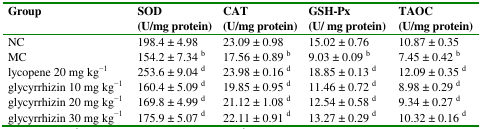
<table><thead><tr><td><b>Group</b></td><td><b>SOD (U/mg protein)</b></td><td><b>CAT (U/mg protein)</b></td><td><b>GSH-Px (U/mg protein)</b></td><td><b>TAOC (U/mg protein)</b></td></tr></thead><tbody><tr><td>NC</td><td>198.4 ± 4.98</td><td>23.09 ± 0.98</td><td>15.02 ± 0.76</td><td>10.87 ± 0.35</td></tr><tr><td>MC</td><td>154.2 ± 7.34 b</td><td>17.56 ± 0.89 b</td><td>9.03 ± 0.09 b</td><td>7.45 ± 0.42 b</td></tr><tr><td>lycopene 20 mg kg<sup>−1</sup></td><td>253.6 ± 9.04 d</td><td>23.98 ± 0.16 d</td><td>18.85 ± 0.13 d</td><td>12.09 ± 0.35 d</td></tr><tr><td>glycyrrhizin 10 mg kg<sup>−1</sup></td><td>160.4 ± 5.09 d</td><td>19.85 ± 0.95 d</td><td>11.46 ± 0.72 d</td><td>8.98 ± 0.29 d</td></tr><tr><td>glycyrrhizin 20 mg kg<sup>−1</sup></td><td>169.8 ± 4.99 d</td><td>21.12 ± 1.08 d</td><td>12.54 ± 0.58 d</td><td>9.34 ± 0.27 d</td></tr><tr><td>glycyrrhizin 30 mg kg<sup>−1</sup></td><td>175.9 ± 5.07 d</td><td>22.11 ± 0.91 d</td><td>13.27 ± 0.29 d</td><td>10.32 ± 0.16 d</td></tr></tbody></table>